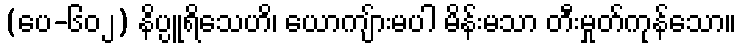
(ပေ-၆၀၂) နိပ္ပူရိသေဟိ၊ ယောကျ်ားမပါ မိန်းမသာ တီးမှုတ်ကုန်သော။